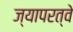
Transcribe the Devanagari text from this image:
ज्यापरत्वे